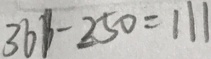
3 6 1 - 2 5 0 = 1 1 1